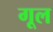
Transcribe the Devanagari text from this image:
गूल